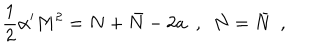
LaTeX: \frac { 1 } { 2 } \alpha ^ { \prime } M ^ { 2 } = N + \bar { N } - 2 a \ \ , \ \ N = \bar { N } \ \ ,